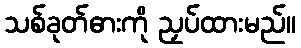
သစ်ခုတ်ဓားကို ညှပ်ထားမည်။